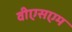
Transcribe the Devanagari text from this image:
वीएसएम